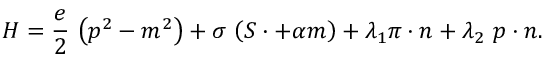
H = \frac e 2 \, \left( p ^ { 2 } - m ^ { 2 } \right) + \sigma \, \left( S \cdotp + \alpha m \right) + \lambda _ { 1 } \pi \cdot n + \lambda _ { 2 } \, \, p \cdot n .